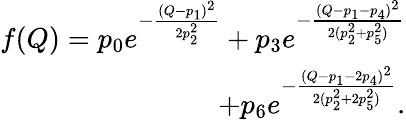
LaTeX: \begin{array}{r}{f(Q)=p_{0}e^{-\frac{(Q-p_{1})^{2}}{2p_{2}^{2}}}+p_{3}e^{-\frac{(Q-p_{1}-p_{4})^{2}}{2(p_{2}^{2}+p_{5}^{2})}}}\\ {+p_{6}e^{-\frac{(Q-p_{1}-2p_{4})^{2}}{2(p_{2}^{2}+2p_{5}^{2})}}.}\end{array}